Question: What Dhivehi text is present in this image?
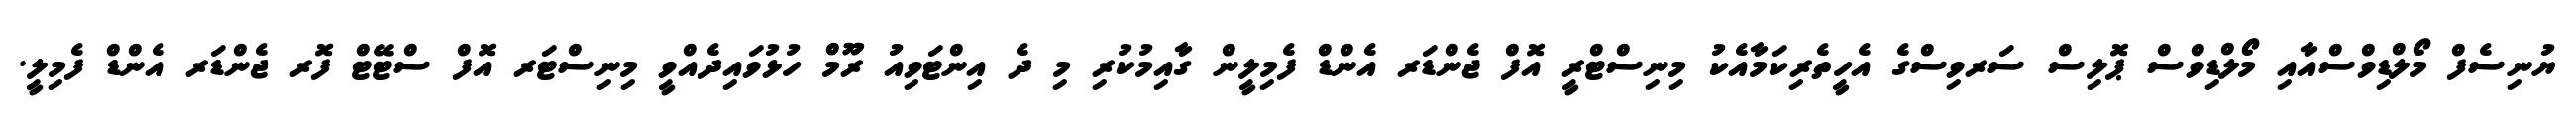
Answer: ޔުނިސެފް މޯލްޑިވްސްއާއި މޯލްޑިވްސް ޕޮލިސް ސަރވިސްގެ އެހީތެރިކަމާއެކު މިނިސްޓްރީ އޮފް ޖެންޑަރ އެންޑް ފެމިލީން ގާއިމުކުރި މި ދެ އިންޓަވިއު ރޫމް ހުޅުވައިދެއްވީ މިނިސްޓަރ އޮފް ސްޓޭޓް ފޮރ ޖެންޑަރ އެންޑް ފެމިލީ.